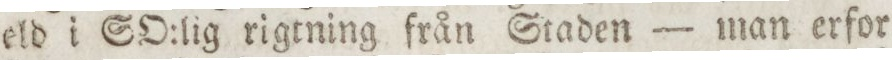
eld i GO:lig rigtning från Staden — man erfor